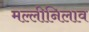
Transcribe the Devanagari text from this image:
मल्लीनिलाव